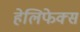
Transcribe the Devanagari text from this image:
हेलिफेक्स